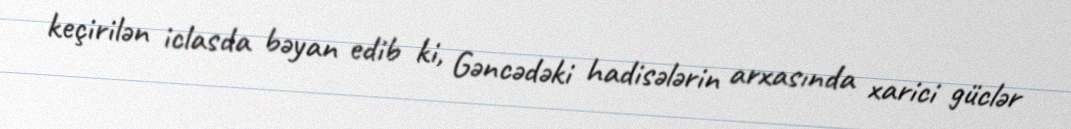
keçirilən iclasda bəyan edib ki, Gəncədəki hadisələrin arxasında xarici güclər